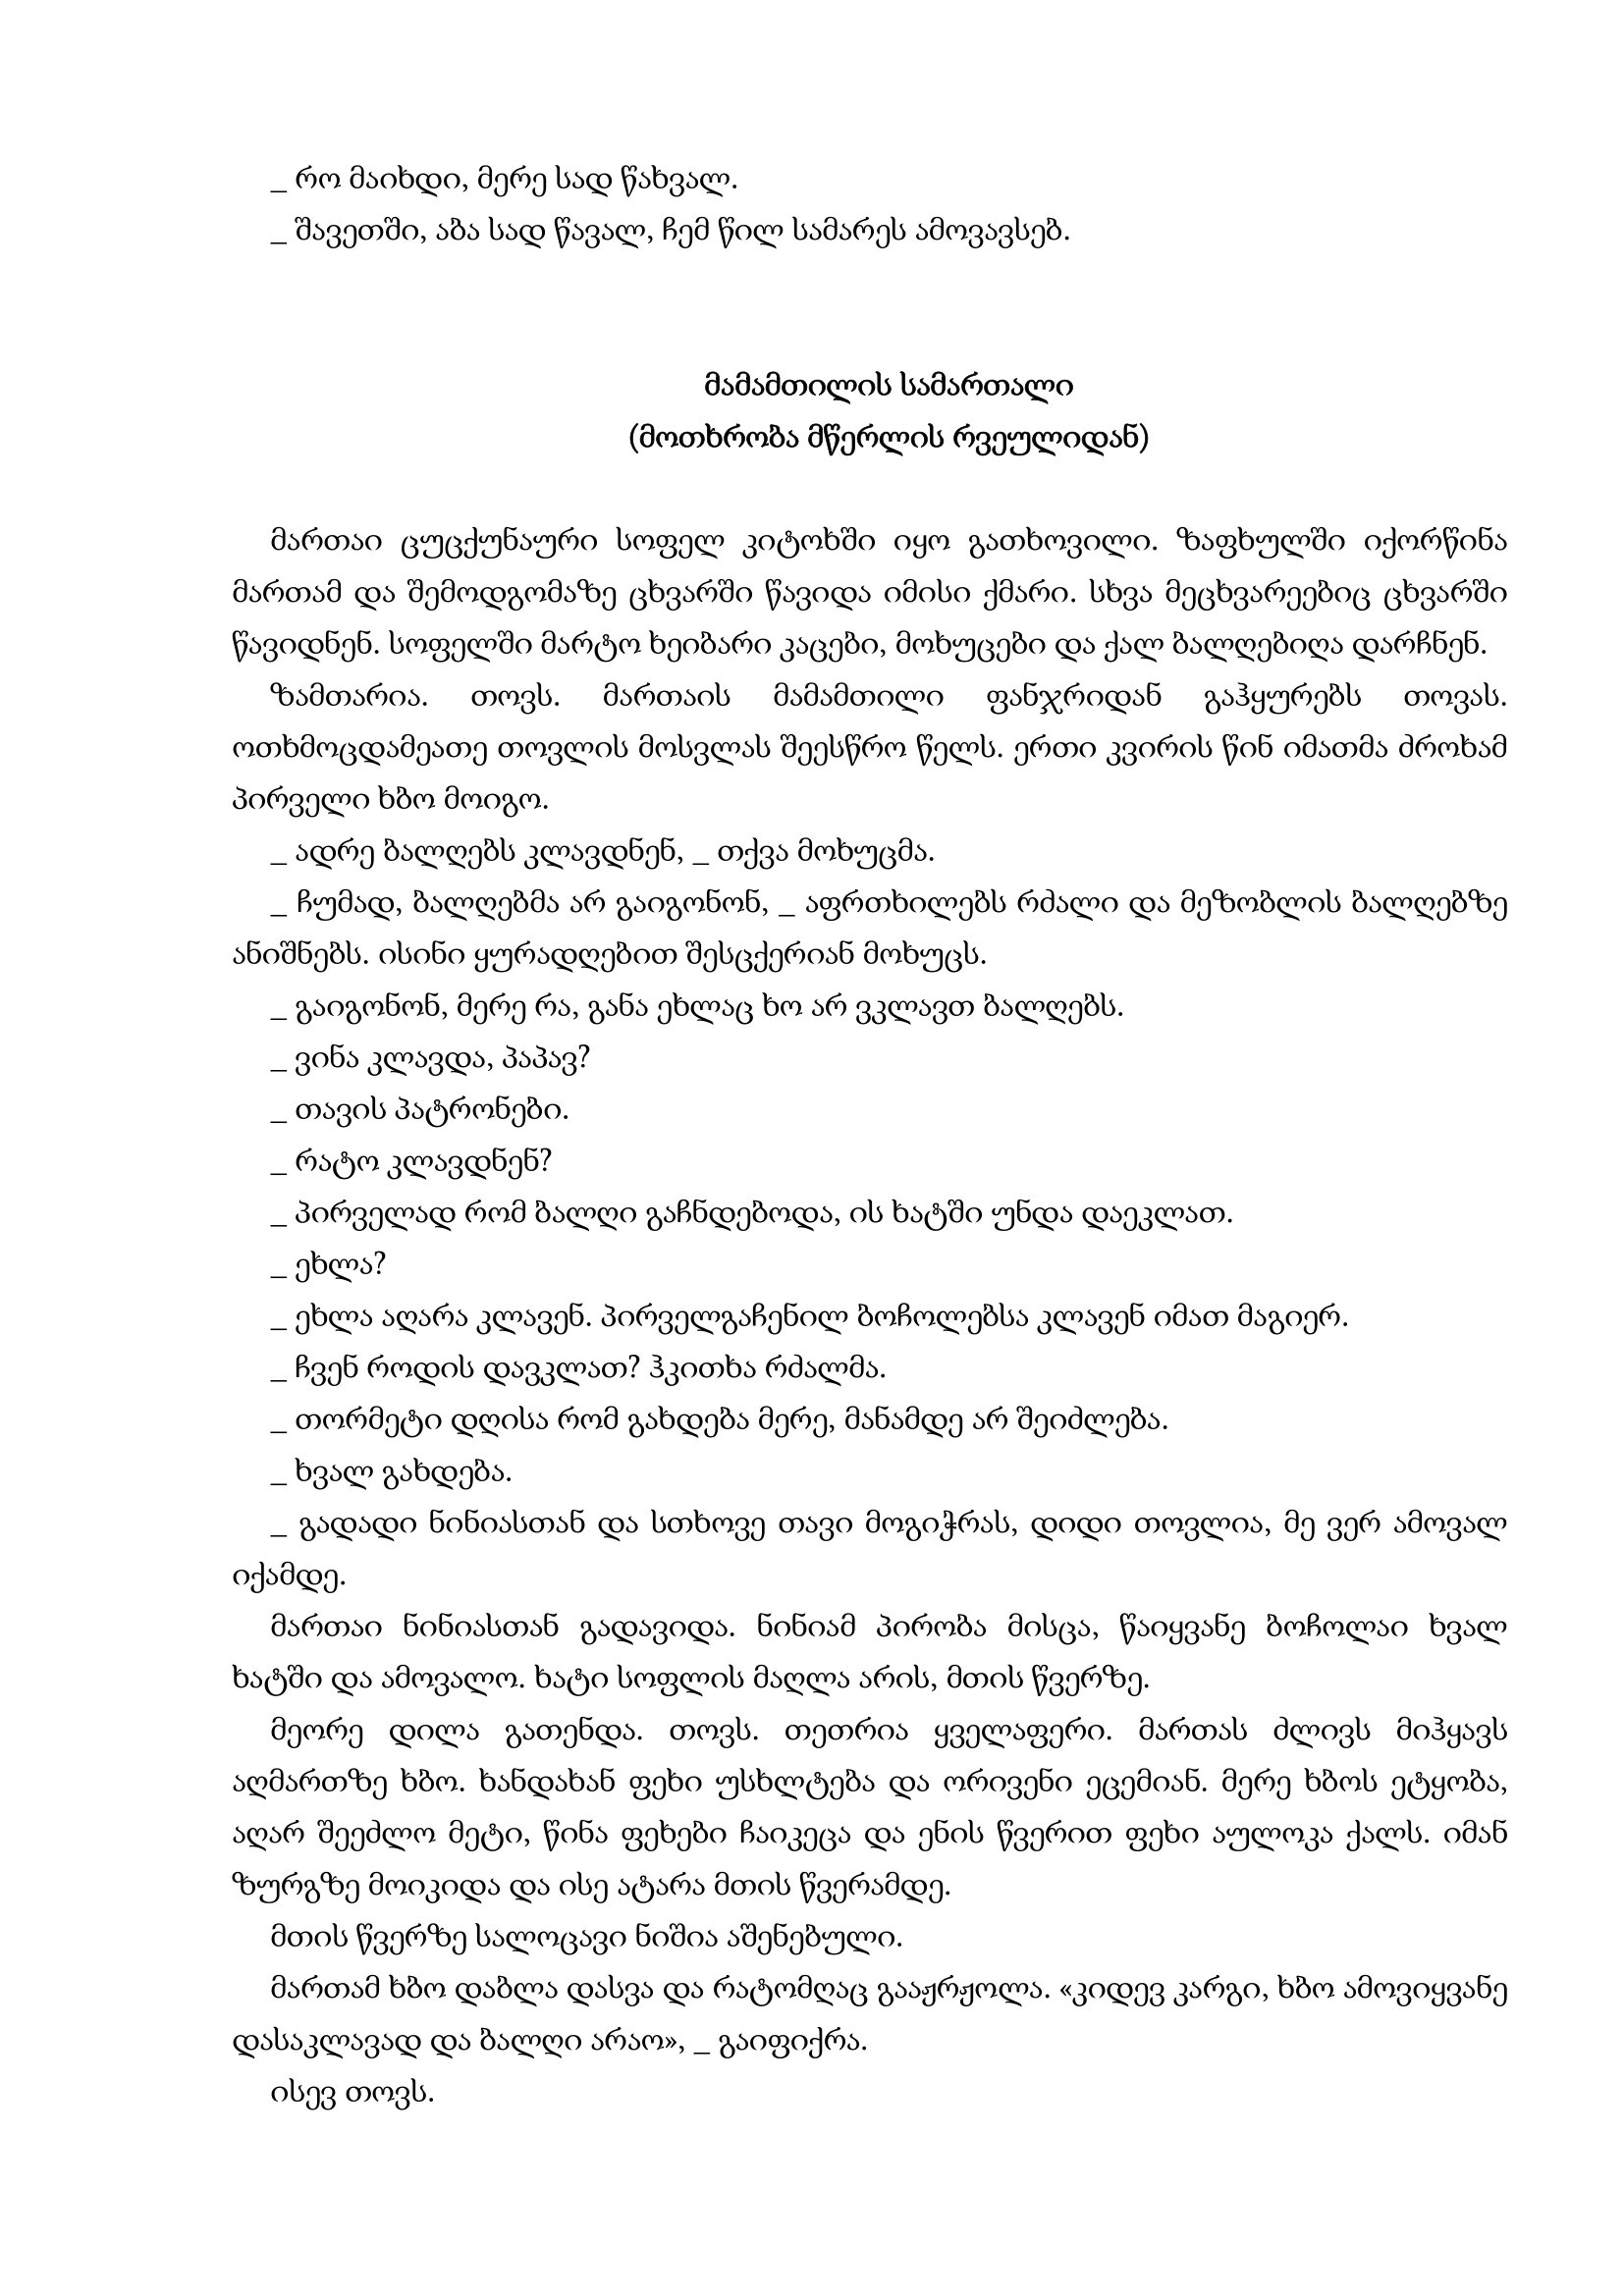
Language: gr